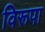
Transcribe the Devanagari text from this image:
विरूपा